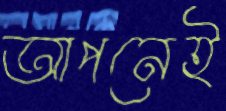
আপনেই